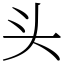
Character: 头